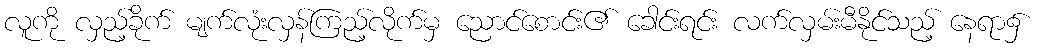
လူကို လှည့်ခိုက် မျက်လုံးလှန်ကြည့်လိုက်မှ ညောင်စောင်း၏ ခေါင်းရင်း လက်လှမ်းမီနိုင်သည့် နေရာ၌